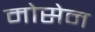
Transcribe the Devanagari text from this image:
मोसेन